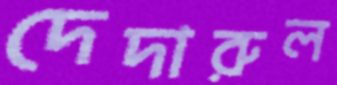
দেদারুল